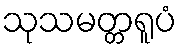
သုသမတ္တရူပံ